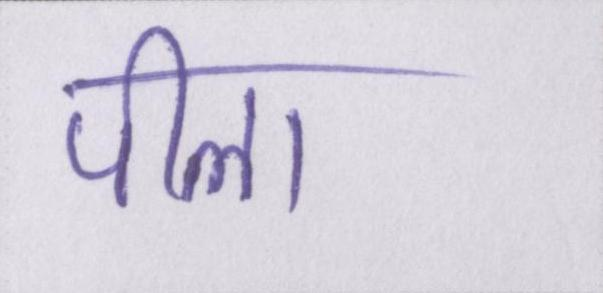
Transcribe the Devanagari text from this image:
पीला